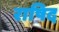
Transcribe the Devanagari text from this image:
राषिद